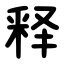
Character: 释